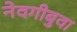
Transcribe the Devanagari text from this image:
नेवगीबुवा